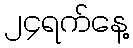
၂၄ရက်နေ့